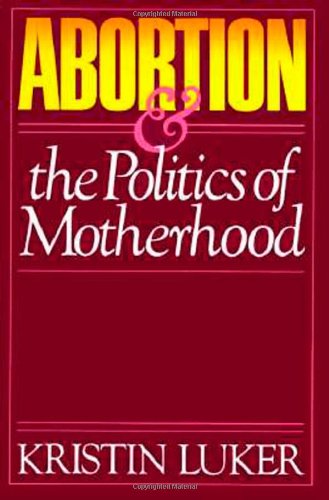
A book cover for Abortion & the Politics of Motherhood; Kristin Luker; Politics & Social Sciences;